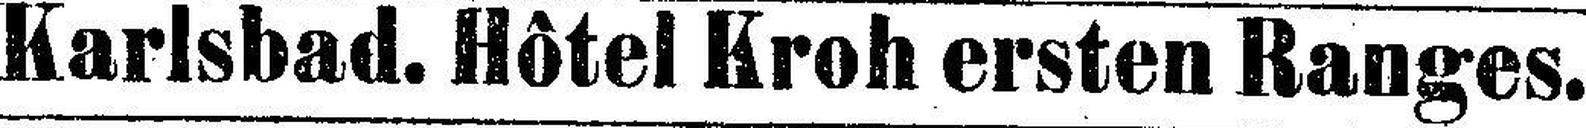
Karlsbad. Hôtel Kroh ersten Ranges.